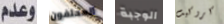
وعدم المحلفون الوجبة كروكيت